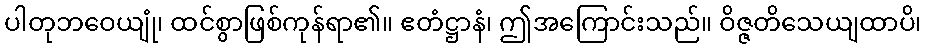
ပါတုဘဝေယျုံ၊ ထင်စွာဖြစ်ကုန်ရာ၏။ ဧတံဋ္ဌာနံ၊ ဤအကြောင်းသည်။ ဝိဇ္ဇတိသေယျထာပိ၊